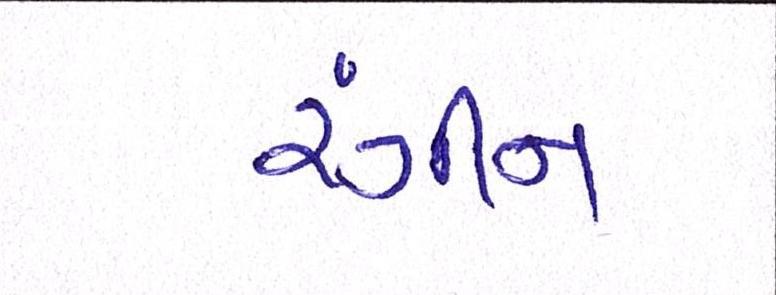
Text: રંગીન